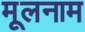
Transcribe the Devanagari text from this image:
मूलनाम